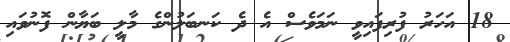
18 އަހަރު ފުރިފައިވީ ނަމަވެސް އެ ދެ ކަނބަލުންގެ މާލީ ބަޔާން ފޮނުވައި